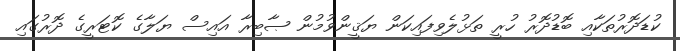
ކުޑަދޮރުތަކާއި ބޮޑުދޮރު ހުރީ ތަޅުލެވިފައިކަން ޔަޤީންވުމުން ޞާބިރާ އައިސް ޔަލާގެ ކޮޓަރީގެ ދޮރުގައި